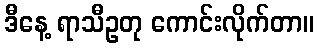
ဒီနေ့ ရာသီဥတု ကောင်းလိုက်တာ။